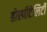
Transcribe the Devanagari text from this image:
होस्पीटेलिटी